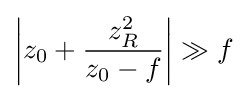
\left|z_{0}+{\frac {z_{R}^{2}}{z_{0}-f}}\right|\gg f